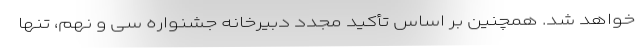
خواهد شد. همچنین بر اساس تأکید مجدد دبیرخانه جشنواره سی و نهم، تنها